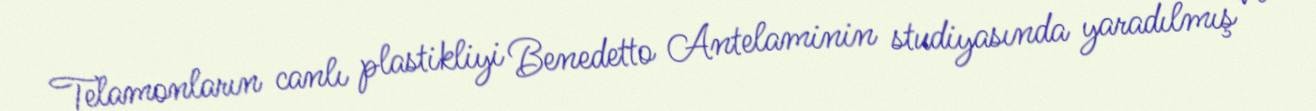
Telamonların canlı plastikliyi Benedetto Antelaminin studiyasında yaradılmış və